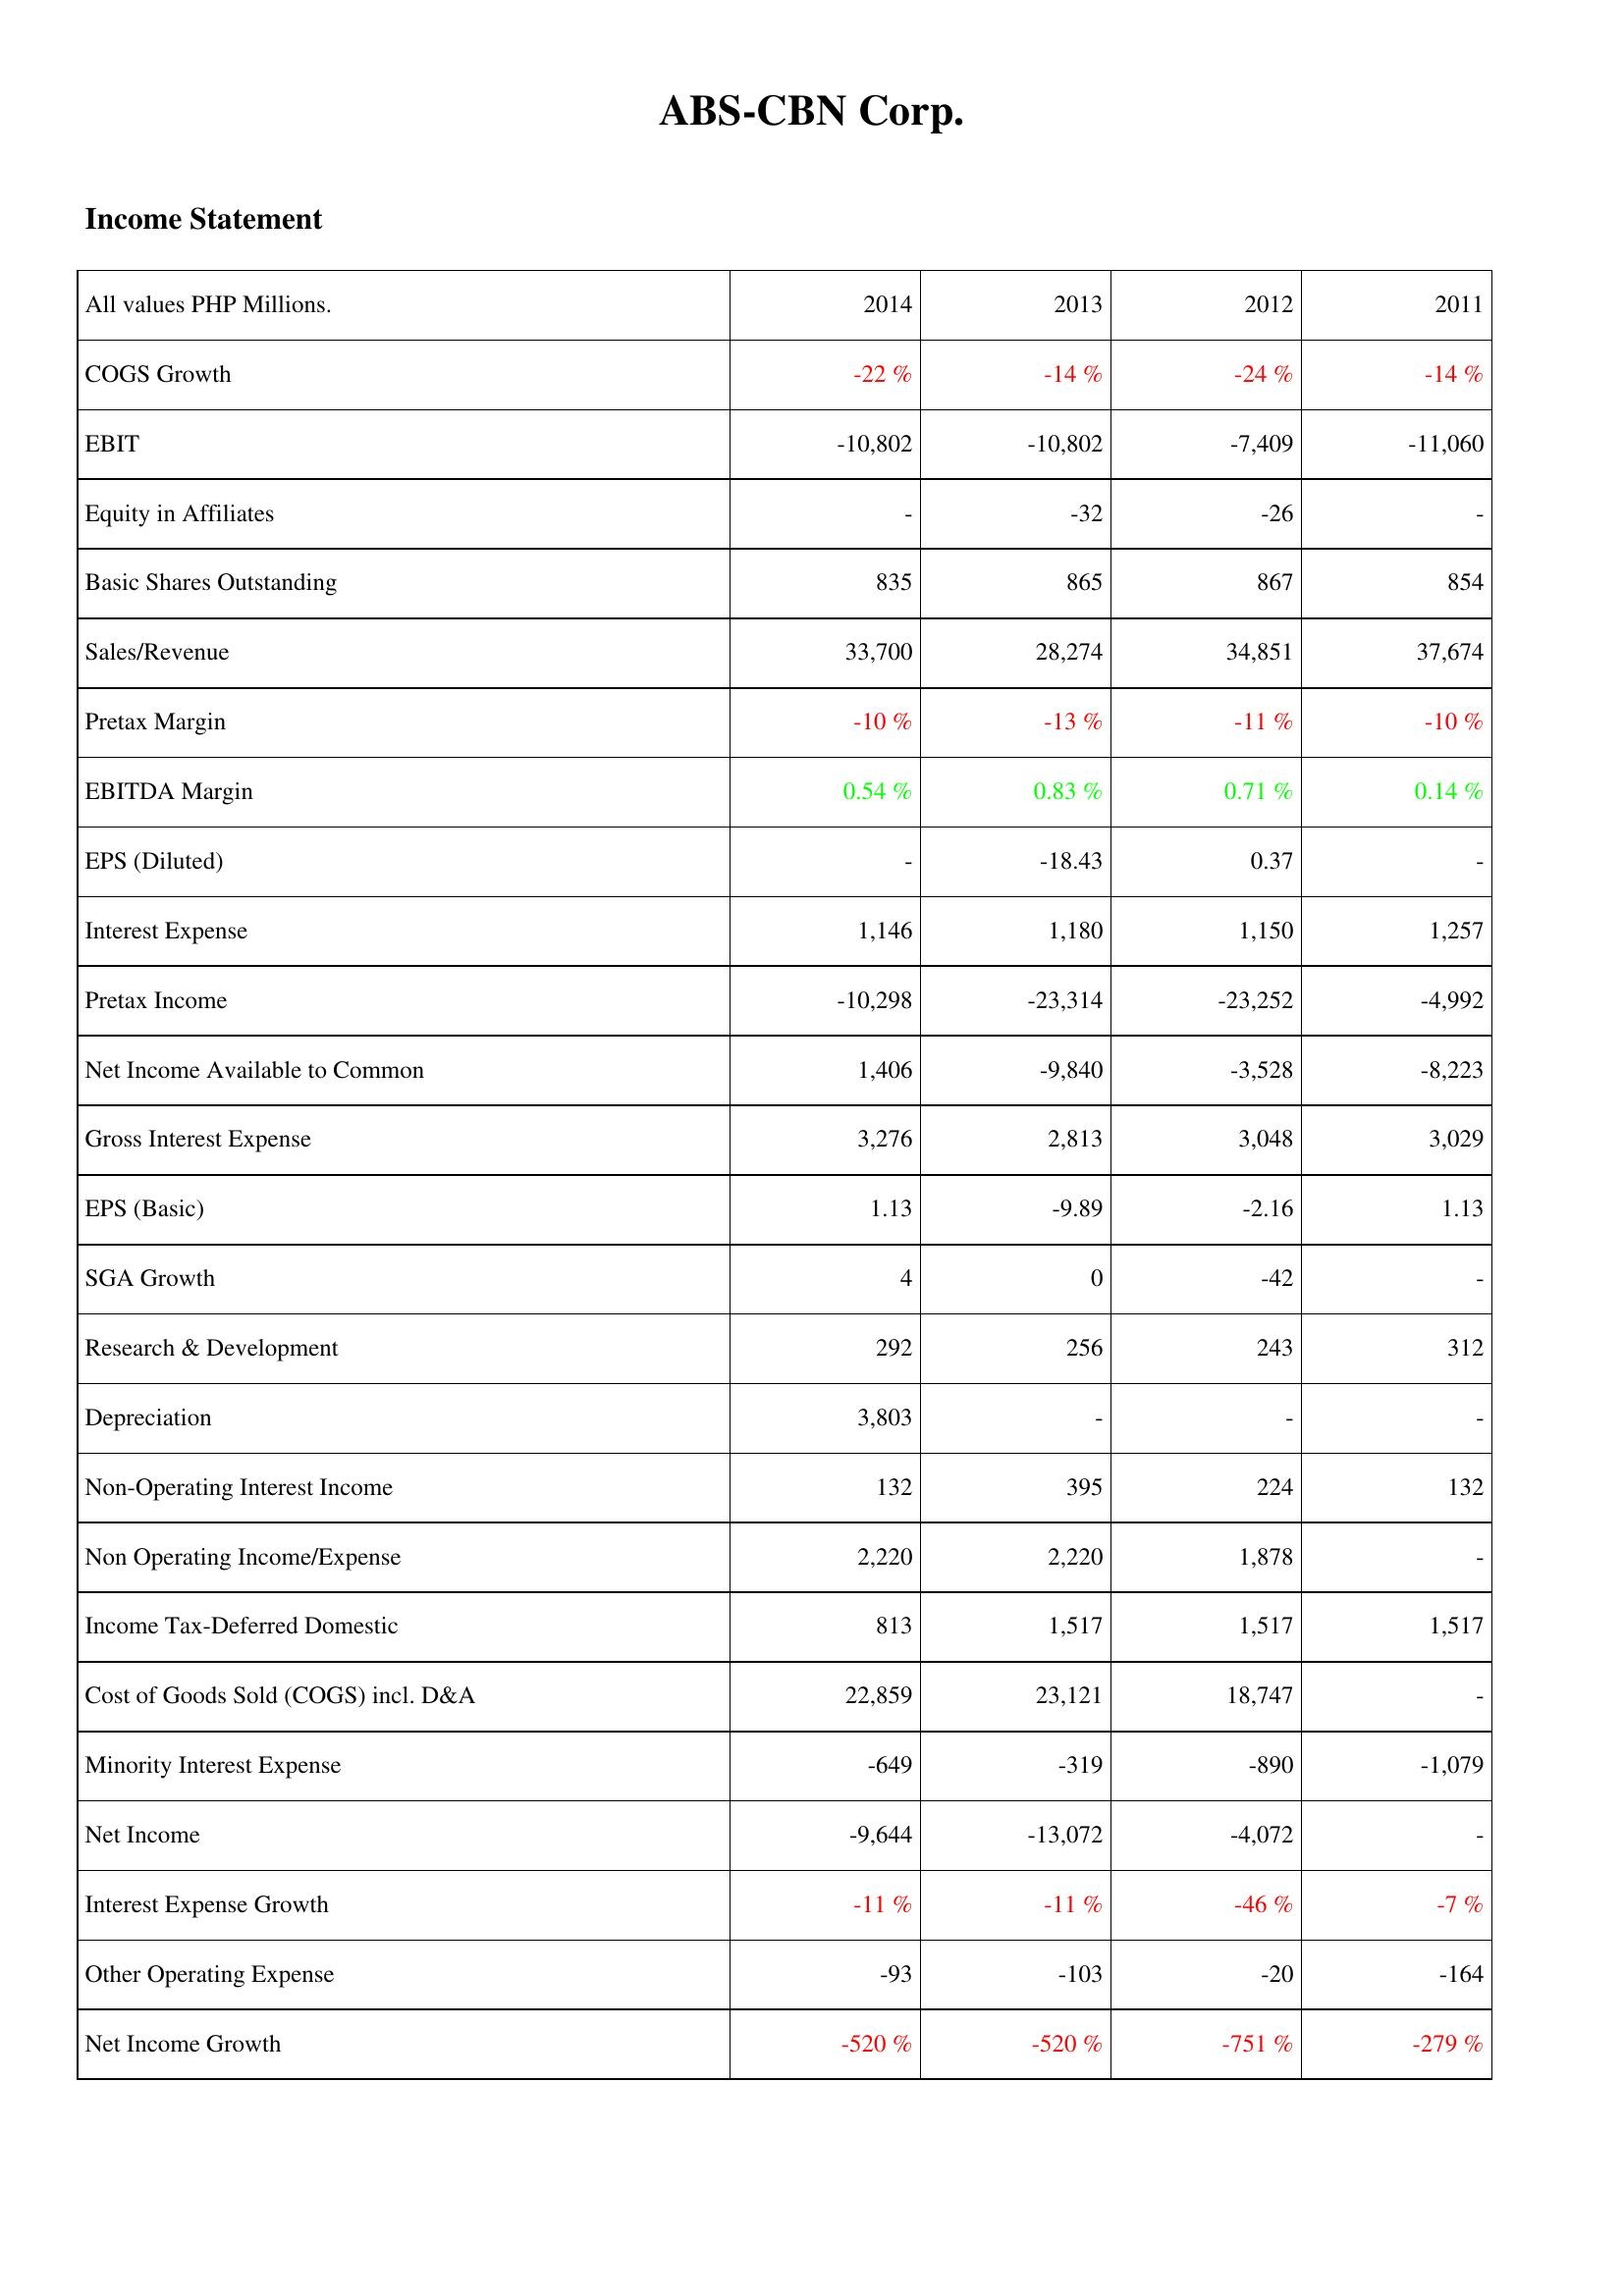
2014: Income Statement: COGS Growth: -22 %
EBIT: -10,802
Equity in Affiliates: -
Basic Shares Outstanding: 835
Sales/Revenue: 33,700
Pretax Margin: -10 %
EBITDA Margin: 0.54 %
EPS (Diluted): -
Interest Expense: 1,146
Pretax Income: -10,298
Net Income Available to Common: 1,406
Gross Interest Expense: 3,276
EPS (Basic): 1.13
SGA Growth: 4
Research & Development: 292
Depreciation: 3,803
Non-Operating Interest Income: 132
Non Operating Income/Expense: 2,220
Income Tax-Deferred Domestic: 813
Cost of Goods Sold (COGS) incl. D&A: 22,859
Minority Interest Expense: -649
Net Income: -9,644
Interest Expense Growth: -11 %
Other Operating Expense: -93
Net Income Growth: -520 %
2013: Income Statement: COGS Growth: -14 %
EBIT: -10,802
Equity in Affiliates: -32
Basic Shares Outstanding: 865
Sales/Revenue: 28,274
Pretax Margin: -13 %
EBITDA Margin: 0.83 %
EPS (Diluted): -18.43
Interest Expense: 1,180
Pretax Income: -23,314
Net Income Available to Common: -9,840
Gross Interest Expense: 2,813
EPS (Basic): -9.89
SGA Growth: 0
Research & Development: 256
Depreciation: -
Non-Operating Interest Income: 395
Non Operating Income/Expense: 2,220
Income Tax-Deferred Domestic: 1,517
Cost of Goods Sold (COGS) incl. D&A: 23,121
Minority Interest Expense: -319
Net Income: -13,072
Interest Expense Growth: -11 %
Other Operating Expense: -103
Net Income Growth: -520 %
2012: Income Statement: COGS Growth: -24 %
EBIT: -7,409
Equity in Affiliates: -26
Basic Shares Outstanding: 867
Sales/Revenue: 34,851
Pretax Margin: -11 %
EBITDA Margin: 0.71 %
EPS (Diluted): 0.37
Interest Expense: 1,150
Pretax Income: -23,252
Net Income Available to Common: -3,528
Gross Interest Expense: 3,048
EPS (Basic): -2.16
SGA Growth: -42
Research & Development: 243
Depreciation: -
Non-Operating Interest Income: 224
Non Operating Income/Expense: 1,878
Income Tax-Deferred Domestic: 1,517
Cost of Goods Sold (COGS) incl. D&A: 18,747
Minority Interest Expense: -890
Net Income: -4,072
Interest Expense Growth: -46 %
Other Operating Expense: -20
Net Income Growth: -751 %
2011: Income Statement: COGS Growth: -14 %
EBIT: -11,060
Equity in Affiliates: -
Basic Shares Outstanding: 854
Sales/Revenue: 37,674
Pretax Margin: -10 %
EBITDA Margin: 0.14 %
EPS (Diluted): -
Interest Expense: 1,257
Pretax Income: -4,992
Net Income Available to Common: -8,223
Gross Interest Expense: 3,029
EPS (Basic): 1.13
SGA Growth: -
Research & Development: 312
Depreciation: -
Non-Operating Interest Income: 132
Non Operating Income/Expense: -
Income Tax-Deferred Domestic: 1,517
Cost of Goods Sold (COGS) incl. D&A: -
Minority Interest Expense: -1,079
Net Income: -
Interest Expense Growth: -7 %
Other Operating Expense: -164
Net Income Growth: -279 %